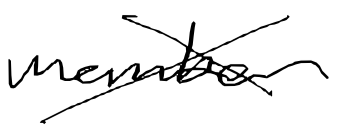
Text: member
Cross-out: cross
Writing tool: digital_black